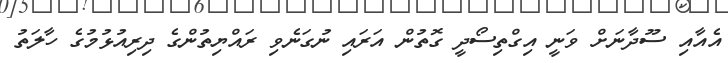
އެއާއި ސޫދާނަށް ވަނީ އިގްތިސޯދީ ގޮތުން އަރައި ނުގަނެވި ރައްޔިތުންގެ ދިރިއުޅުމުގެ ހާލަތު